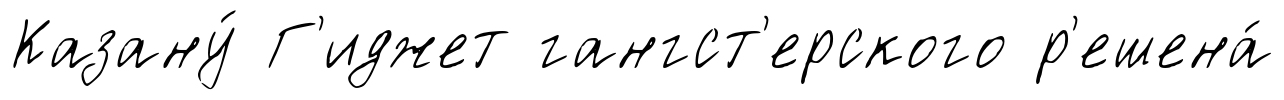
Казану́ Г'иджет гангст'ерского р'ешена́